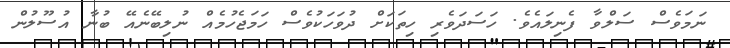
ނަމަވެސް ސަލްވާ ފެނިލައެވެ. ހަސަދަވެރި ހިތަކަށް ދުވަހަކުވެސް ހަމަޖެހުމެއް ނުލިބޭނެއޭ ބުނާ އުސޫލުން